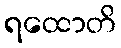
ရထောတိ